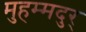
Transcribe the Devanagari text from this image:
मुहम्मदुर्